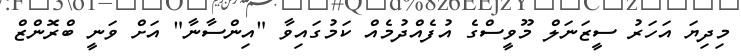
މިދިޔަ އަހަރު ސީޒަނަލް މޫވީސްގެ އުފެއްދުމެއް ކަމުގައިވާ "އިންސާނާ" އަށް ވަނީ ބްރޮންޒް